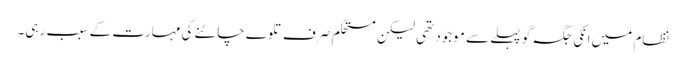
نظام میں انکی جگہ گو پہلے سے موجود تھی لیکن مستحکم صرف تلوے چاٹنے کی مہارت کے سبب رہی۔